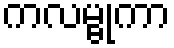
ကလမ္ဗုကာ